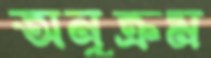
অনুক্রম